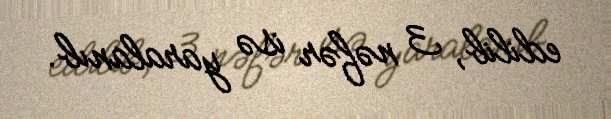
edilib, 3 nəfər isə yaralanıb.